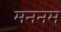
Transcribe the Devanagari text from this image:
मननम